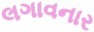
લગાવનાર